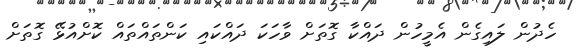
ހެދުން ލައިގެން އެމީހުން ދައްކާ ގޮތަށް ވާހަކަ ދައްކައި ކަންތައްތައް ކޮށްއުޅޭ ގޮތަށް